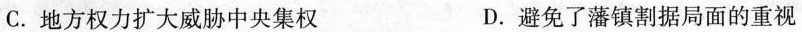
C.地方权力扩大威胁中央集权 D.避免了藩镇割据局面的重视